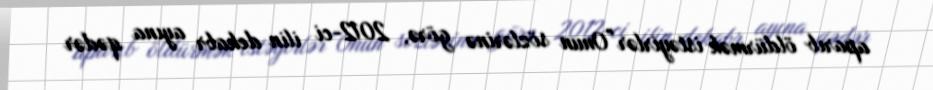
aparıb öldürmək istəyirlər”Onun sözlərinə görə, 2012-ci ilin dekabr ayına qədər